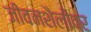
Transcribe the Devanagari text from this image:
जीवनशैलींवर